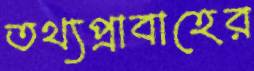
তথ্যপ্রাবাহের